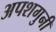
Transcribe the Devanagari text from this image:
अपशगुनी